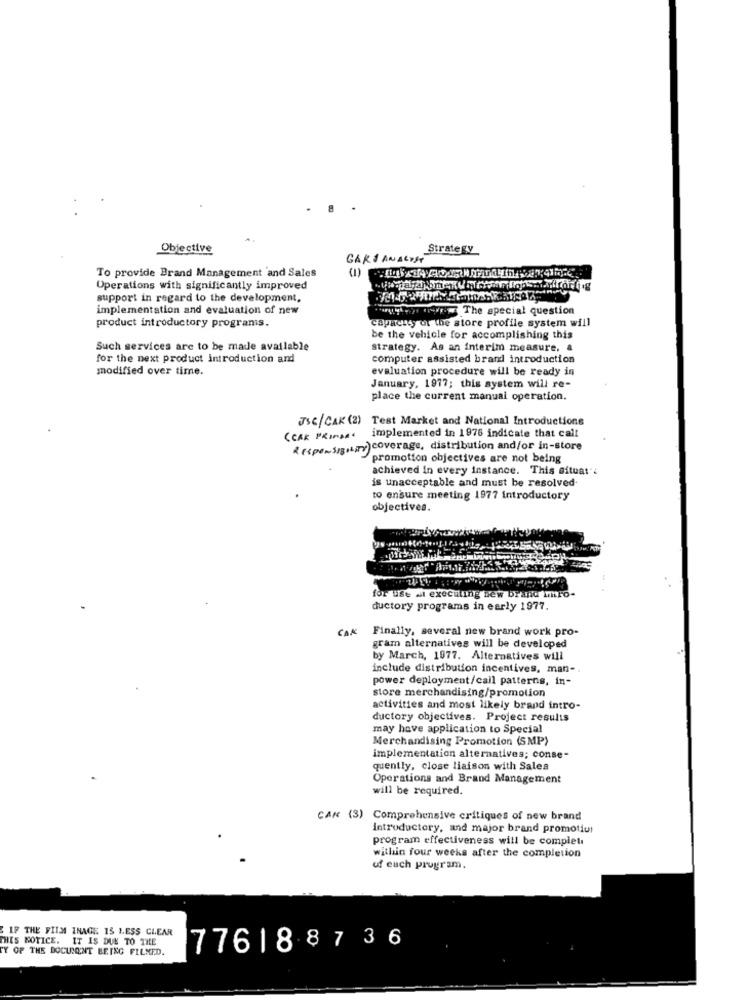
. 8 .
Objective
Strategy
GARS ANALYST
To provide Brand Management and Sales
Operations with significantly improved
support in regard to the development,
implementation and evaluation of new
gyor The special question
capacity of the store profile system will
product introductory programs.
be the vehicle for accomplishing this
Such services are to be made available
strategy. As an interim measure, &
for the next product introduction and
computer assisted brand introduction
modified over time.
evaluation procedure will be ready in
January, 1977; this system will re-
place the current manual operation.
JSC/CAK (2) Test Market and National Introductions
CCAR PRIMAA
implemented in 1976 indicate that call
< (spe~Sigsim)coverage, distribution and/or in-store
promotion objectives are not being
achieved in every instance. This situat
is unacceptable and must be resolved.
to ensure meeting 1977 introductory
objectives.
.. .
for use ai executing new brand iro-
ductory programs in early 1977.
CAR Finally, several new brand work pro-
gram alternatives will be developed
by March, 1977. Alternatives will
include distribution incentives, man-
power deployment/call patterns, in-
store merchandising/promotion
activities and most likely brand intro-
ductory objectives. Project results
may have application to Special
Merchandising Promotion (SMP)
implementation alternatives; conse-
quently, close liaison with Sales
Operations and Brand Management
will be required.
CAR (3) Comprehensive critiques of new brand
Introductory, and major brand promotion
program effectiveness will be complet
within four weeks after the completion
of euch program.
IF THE FILM INAGE 15 LESS CLEAR
THIS NOTICE. IT IS DUE TO THE
TY OF THE DOCUMENT BEING FILMED.
776188736